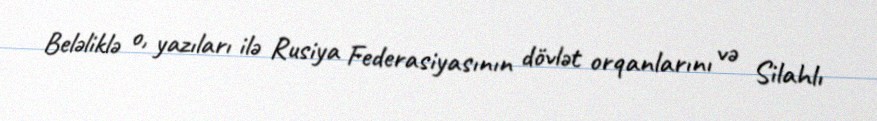
Beləliklə o, yazıları ilə Rusiya Federasiyasının dövlət orqanlarını və Silahlı